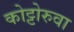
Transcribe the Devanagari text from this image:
कोट्टोरुवा